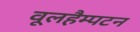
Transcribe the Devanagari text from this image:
वूलहैम्पटन